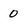
Character: 0